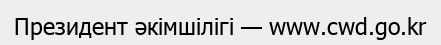
Президент әкімшілігі — www.cwd.go.kr